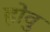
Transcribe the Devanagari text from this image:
होवु